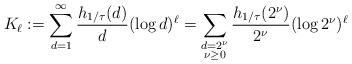
LaTeX: \begin{gather*}K_{\ell}: = \sum_{d=1}^{\infty} \frac{h_{1/\tau}(d)}{d} (\log d)^{\ell} = \sum_{\substack{d=2^{\nu} \\ \nu \ge 0}}\frac{h_{1/\tau}(2^{\nu})}{2^\nu} (\log 2^\nu)^{\ell}\end{gather*}